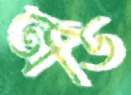
অডি